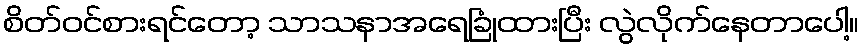
စိတ်ဝင်စားရင်တော့ သာသနာအရေခြုံထားပြီး လွဲလိုက်နေတာပေါ့။